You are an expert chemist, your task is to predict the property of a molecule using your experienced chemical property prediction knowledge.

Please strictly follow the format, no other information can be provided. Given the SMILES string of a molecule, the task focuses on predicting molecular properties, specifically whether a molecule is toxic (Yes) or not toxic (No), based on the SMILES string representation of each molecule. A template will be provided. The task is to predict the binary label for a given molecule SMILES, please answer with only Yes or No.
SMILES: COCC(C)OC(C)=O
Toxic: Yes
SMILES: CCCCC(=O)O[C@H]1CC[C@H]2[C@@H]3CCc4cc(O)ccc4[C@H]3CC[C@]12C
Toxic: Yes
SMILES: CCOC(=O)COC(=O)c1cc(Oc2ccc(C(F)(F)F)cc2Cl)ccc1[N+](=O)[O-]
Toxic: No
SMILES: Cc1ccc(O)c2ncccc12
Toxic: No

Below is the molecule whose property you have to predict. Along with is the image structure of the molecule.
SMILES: Oc1ccc2c(c1)OC[C@@H](N1CCC(O)(c3ccc(F)cc3)CC1)[C@H]2O
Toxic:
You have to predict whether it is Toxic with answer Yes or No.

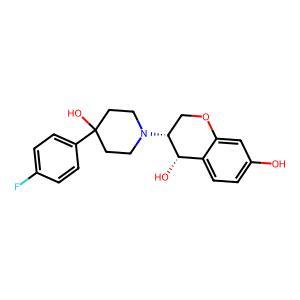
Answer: No